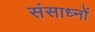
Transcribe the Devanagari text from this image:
संसाध्नों